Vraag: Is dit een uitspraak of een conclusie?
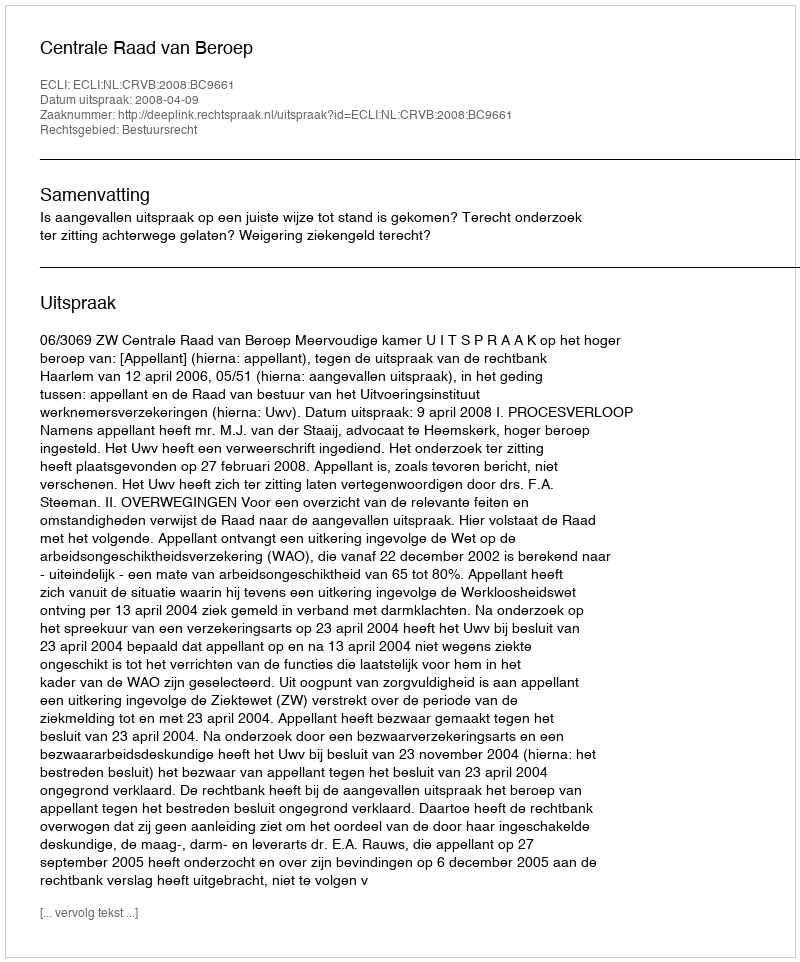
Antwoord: Uitspraak